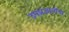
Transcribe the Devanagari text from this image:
उपप्रजातीचा